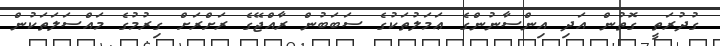
ގުދުރަތީ ގޮތުން އަދި އިންސާނުންގެ ޢަމަލުތަކުގެ ސަބަބުން ރާއްޖޭގެ ރަށްރަށް ގިރުމުގެ މައްސަލަތަކުން